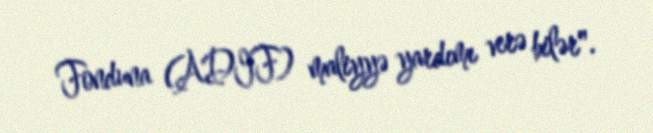
Fonduna (ADIF) maliyyə yardımı verə bilər".